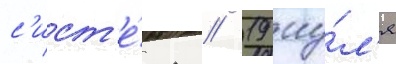
с'ист'е́ма // 19 иу́л'я